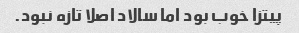
پیتزا خوب بود اما سالاد اصلا تازه نبود.